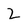
Character: 2